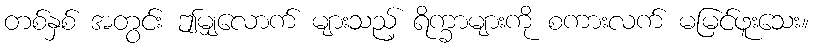
တစ်နှစ် အတွင်း ဤမျှလောက် များသည့် ရိက္ခာများကို စကားလက် မမြင်ဖူးသေး။